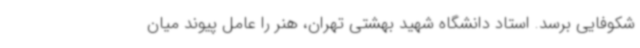
شکوفایی برسد. استاد دانشگاه شهید بهشتی تهران، هنر را عامل پیوند میان